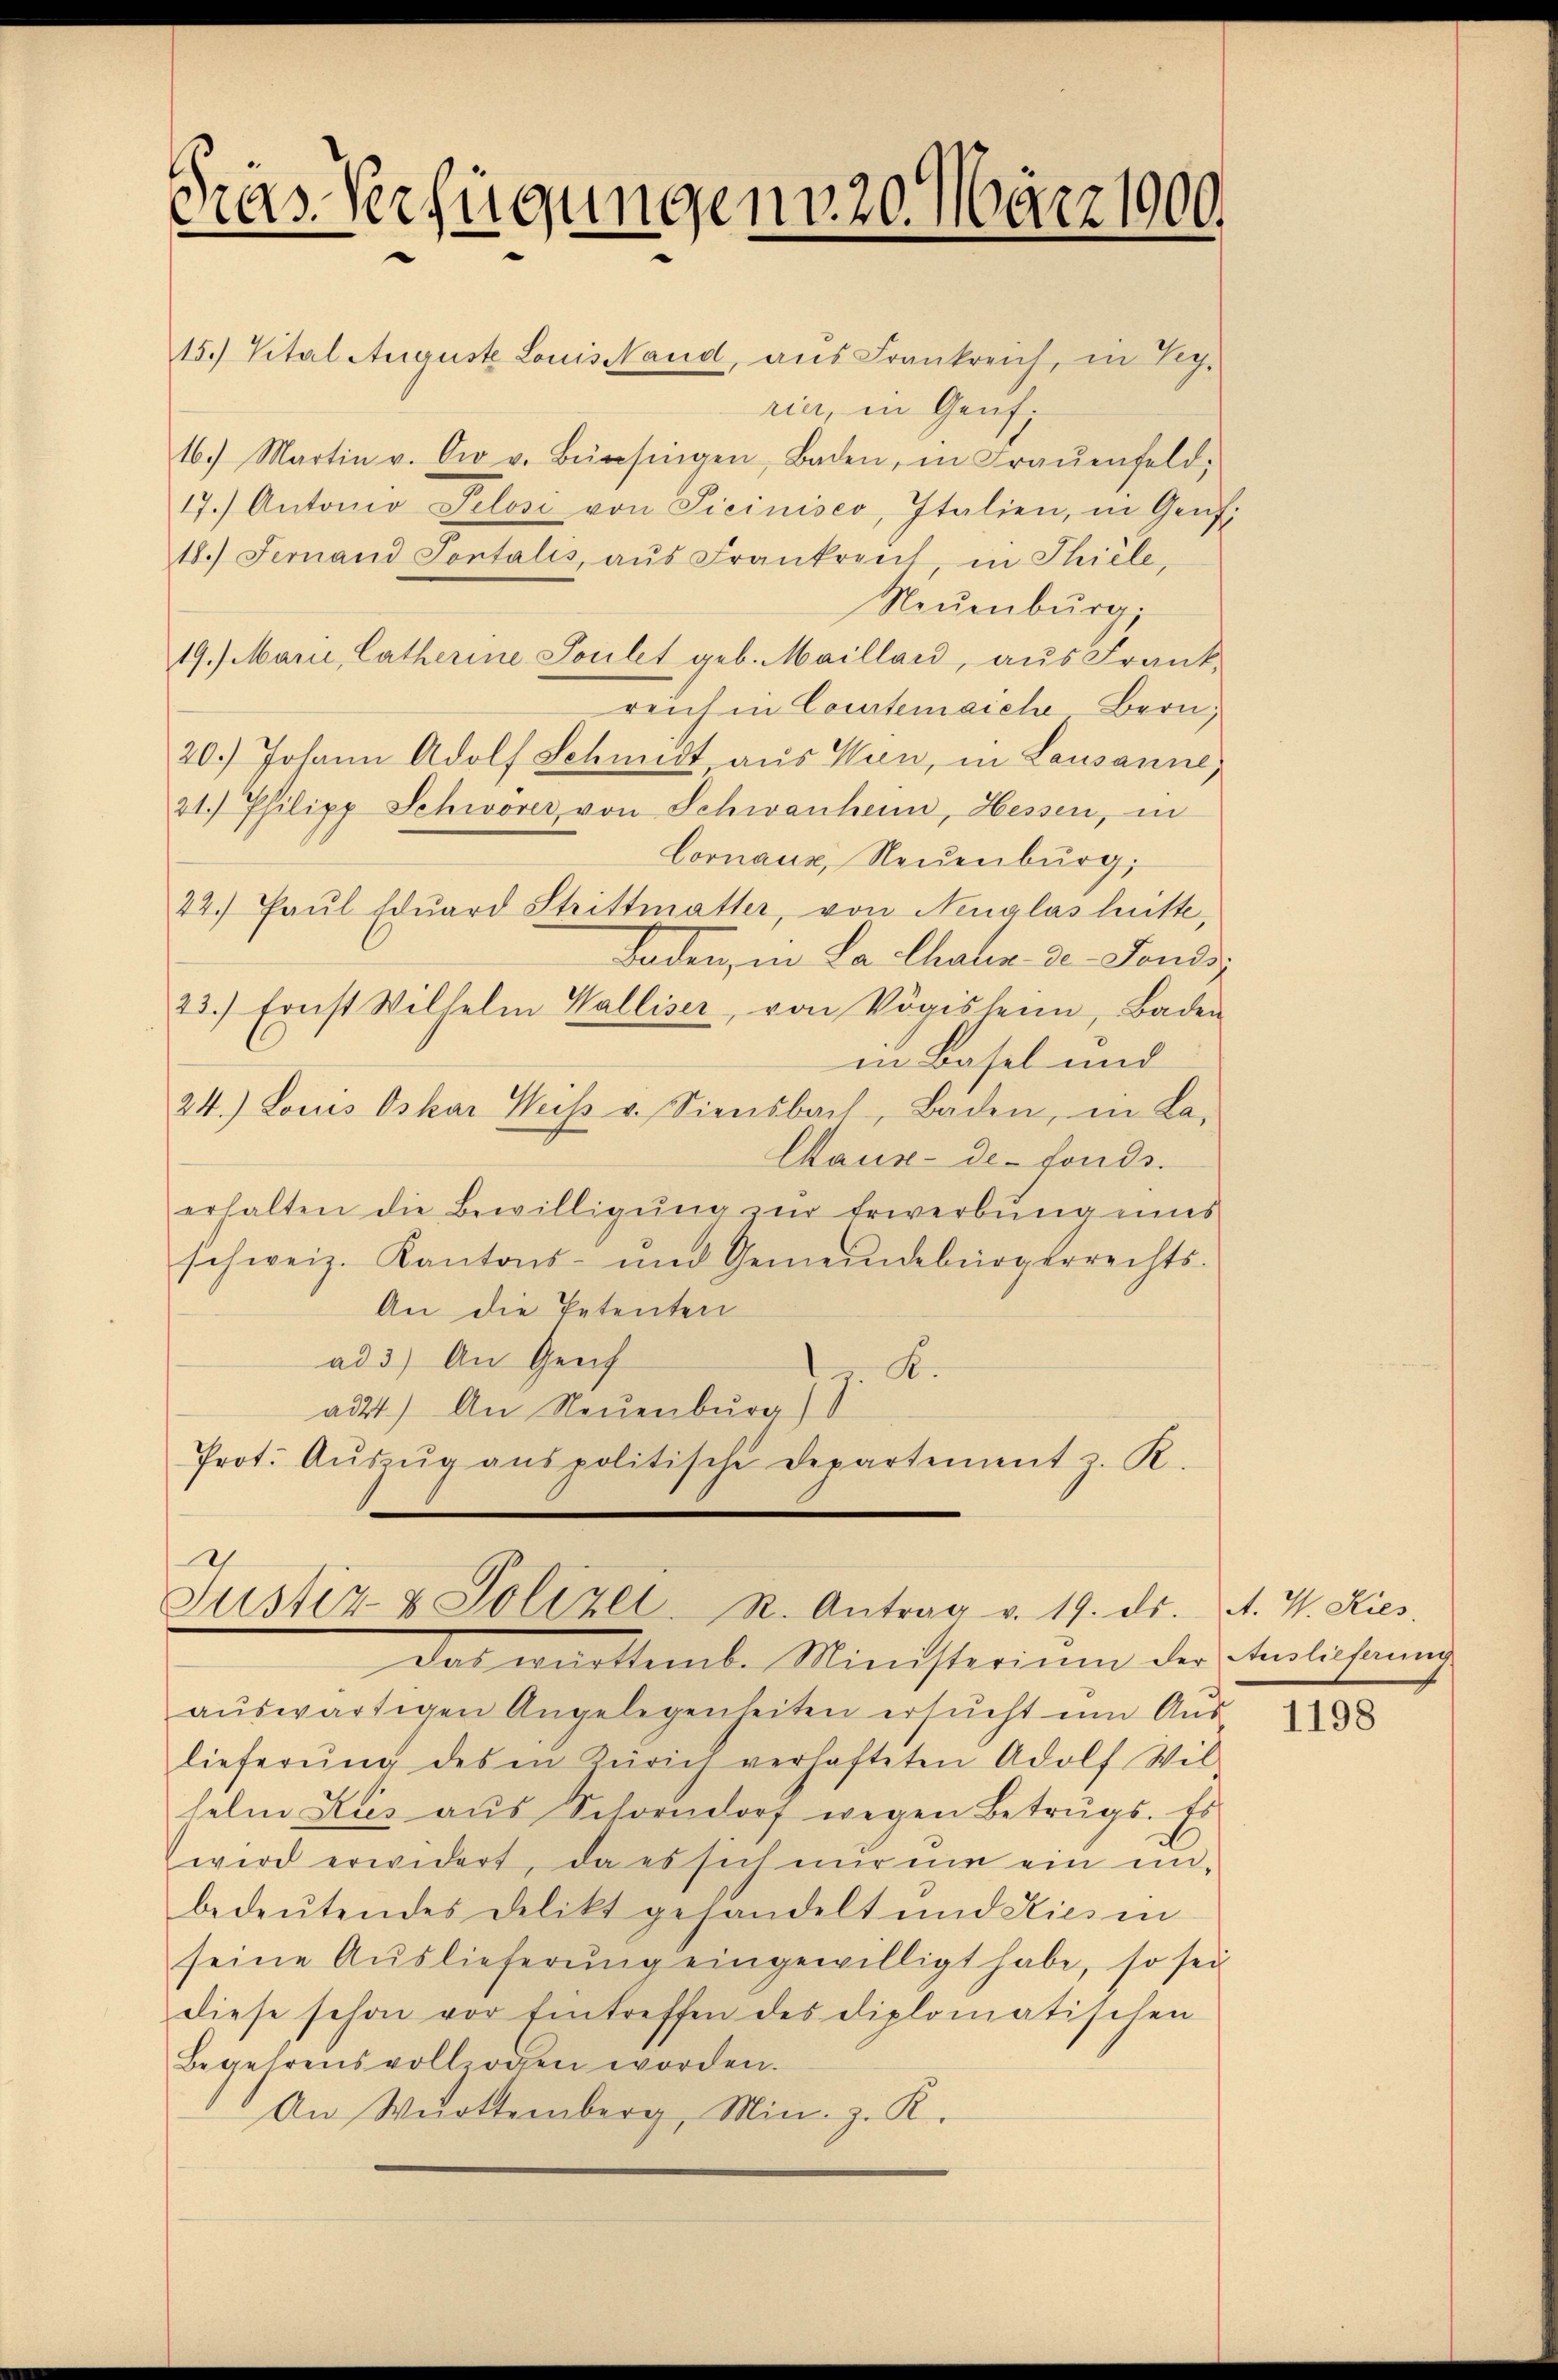
Gras Verfügungen 20. März 1900.

15.) Vital Auguste Louis Nand, aus Frankreich, in Ley-
16. Martin v. Der v. Bürsingen, Baden, in Fraŭenfeld,
17.) Antonio Pelose von Sicinisco, Italien, in Genf,
18.) Fernand Pontalis, aŭs Frankreut in Thiele,
Neuenburg,
19.) Mari, Catherine Toilet geb. Maillard, aus Frank-
reich in Courtenaiche-Bern,
20.) Johann Adolf Schmidt aus Wien, in Lausanne,
21.) Philipp Schwörer von Schwanheim, Hessen, in
Lornaux, Neuenburg,
22. Paŭl Edŭard Strittmatter, von Neuglas litte,
Baden, in La chalen der Fonds¬
23.) Ernst Wilhelm Walliser, von Vögisheim, Baden
in Basel und
24.) Louis Oskar Weiβ u. Siensbach, Baden, in La-
Maux-de-Fonds.
erhalten die Bewilligŭng zur Erwerbung eins
schweiz. Kantons- und Gemeindebürgerrechts-
An die Petenten
ad 3.) An Genf
. K.
adt1.) An Neuenburg)
Prot. Aŭszŭg anspolitische Departement z. R.

U
Justiz & Polizei. R. Antrag v. 19. ds.

rici, in Genf.

Das warttemb. Ministerium der Anleihung
auswärtigen Angelegenheiten ersucht um Auslieferŭng des in Zürich verhafteten Adolf Wil-
helm Kies aŭs Schorndorf wegen Betrugs. Es
wird erwidert, da es sich nur nie ein unbedeŭtendes Delikt gehandelt und Kies in
seine Auslieferŭng eingewilligt habe, so sei
diese schon vor Eintreffen des diplomatischen
Begehrens vollzogen worden.
An Württemberg, Min. z. R.

A. W. Kies.

1198